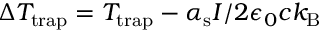
\Delta T _ { \mathrm { t r a p } } = T _ { \mathrm { t r a p } } - \alpha _ { \mathrm { s } } I / 2 \epsilon _ { 0 } c k _ { \mathrm { B } }